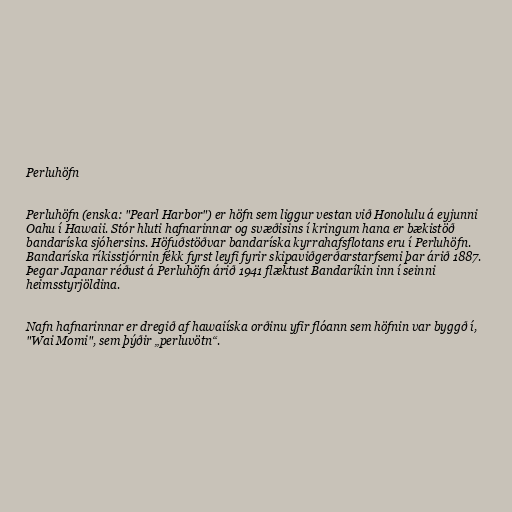
Perluhöfn

Perluhöfn (enska: "Pearl Harbor") er höfn sem liggur vestan við Honolulu á eyjunni
Oahu í Hawaii. Stór hluti hafnarinnar og svæðisins í kringum hana er bækistöð
bandaríska sjóhersins. Höfuðstöðvar bandaríska kyrrahafsflotans eru í Perluhöfn.
Bandaríska ríkisstjórnin fékk fyrst leyfi fyrir skipaviðgerðarstarfsemi þar árið 1887.
Þegar Japanar réðust á Perluhöfn árið 1941 flæktust Bandaríkin inn í seinni
heimsstyrjöldina.

Nafn hafnarinnar er dregið af hawaiíska orðinu yfir flóann sem höfnin var byggð í,
"Wai Momi", sem þýðir „perluvötn“.